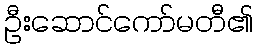
ဦးဆောင်ကော်မတီ၏